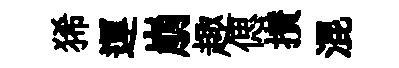
狶運崩趣偲攅混